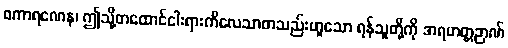
စကာရဏေန၊ ဤသို့တထောင်ငါးရားကိလေသာတသည်းဟူသော ရန်သူတို့ကို အရဟတ္တဉာဏ်